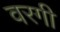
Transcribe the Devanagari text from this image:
वरगी